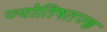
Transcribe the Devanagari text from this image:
ज्योतिषतज्ज्ञ